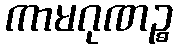
ကာမဂုဏဉ္စ